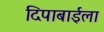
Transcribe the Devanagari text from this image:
दिपाबाईला